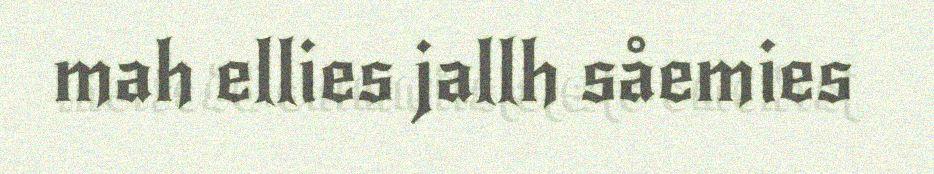
mah ellies jallh såemies